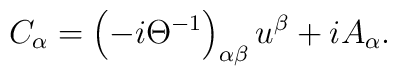
C_{\alpha }=\left( -i\Theta ^{-1}\right) _{\alpha \beta }u^{\beta}+iA_{\alpha }.